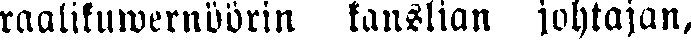
raalikuwernöörin kanslian johtajan,